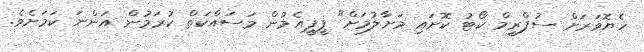
ހެޔޮވަރަށް ސުޕްރީމް ކޯޓު ކޮށައި މަށާލުމަށް" ޕީޕީއެމުން މަސައްކަތް ކުރަމުން އަންނަ ކަމަށެވެ.